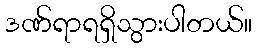
ဒဏ်ရာရရှိသွားပါတယ်။